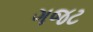
ગજટ